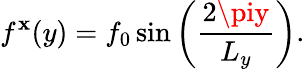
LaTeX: f^{\mathbf{x}}(y)=f_{0}\sin\left({\frac{{2\piy}}{{L_{y}}}}\right).